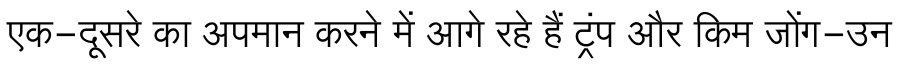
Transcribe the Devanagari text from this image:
एक-दूसरे का अपमान करने में आगे रहे हैं ट्रंप और किम जोंग-उन